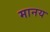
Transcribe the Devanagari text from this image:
मानय